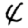
Digit: 4